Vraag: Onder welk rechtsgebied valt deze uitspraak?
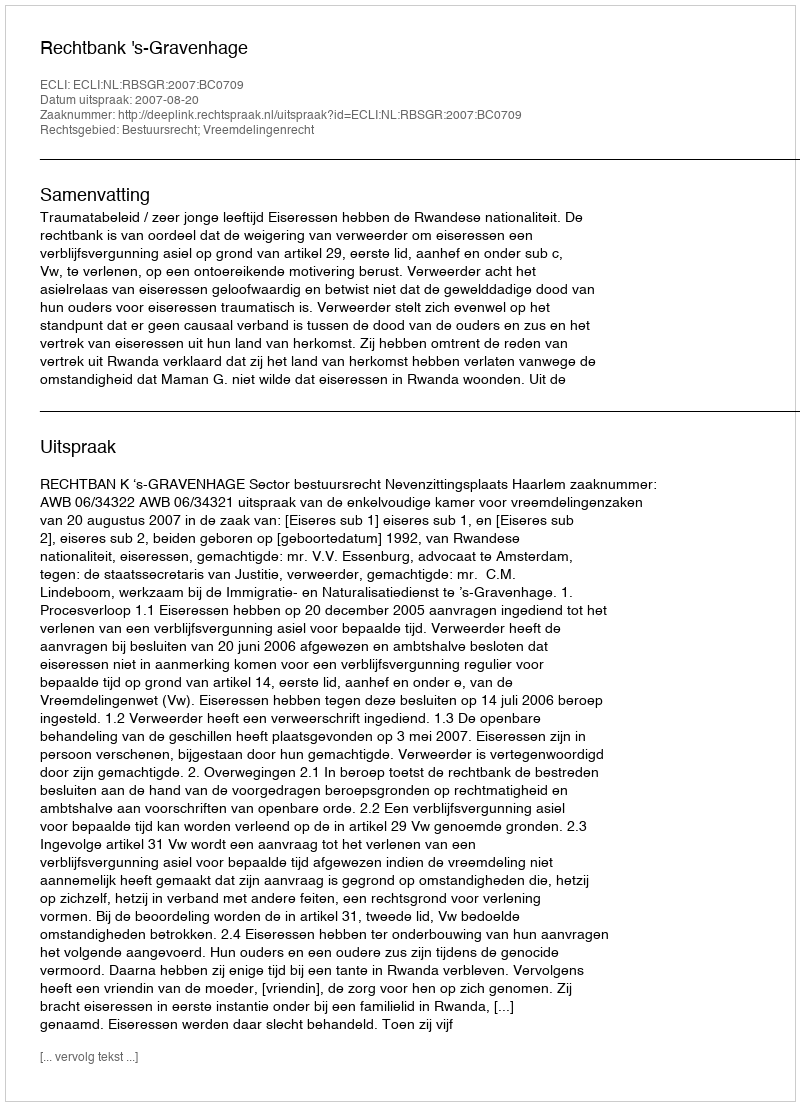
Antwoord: Bestuursrecht; Vreemdelingenrecht